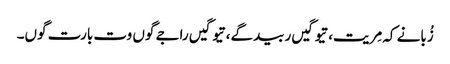
زُبانے کہ مِریت، تیوگیں ربیدگے، تیوگیں راجے گوں وت بارت گوں۔